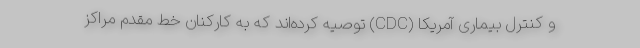
و کنترل بیماری آمریکا (CDC) توصیه کرده‌اند که به کارکنان خط مقدم مراکز